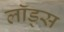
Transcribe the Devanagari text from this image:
लॉड्स